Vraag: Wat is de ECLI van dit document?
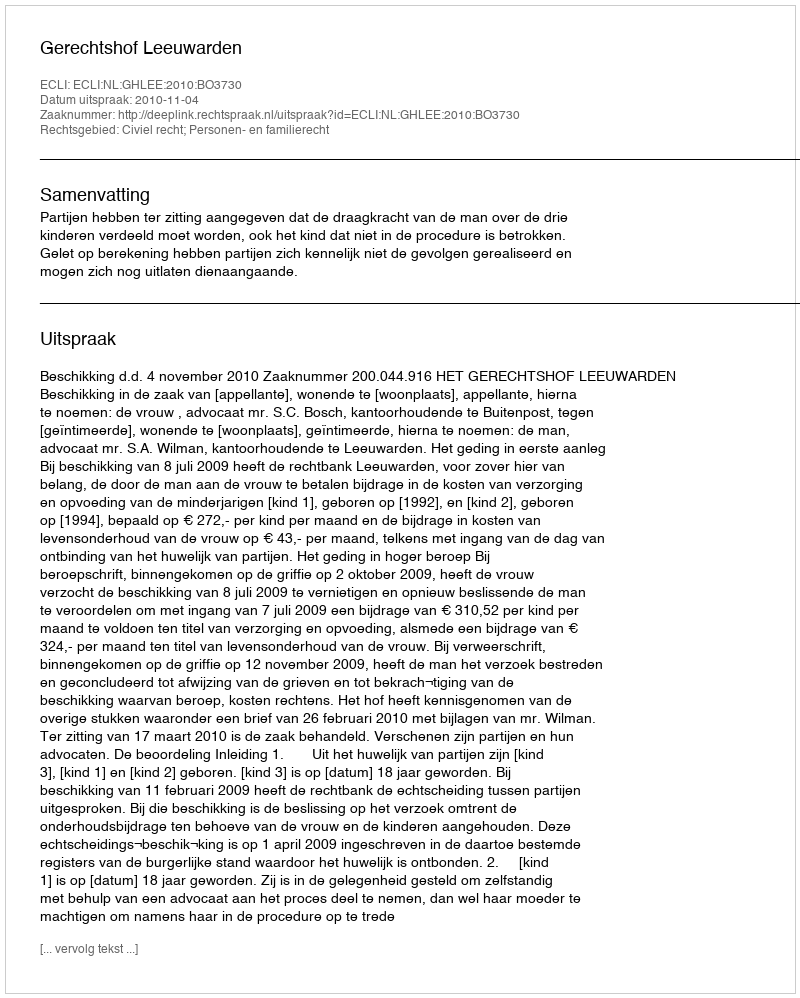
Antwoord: ECLI:NL:GHLEE:2010:BO3730